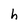
Character: h